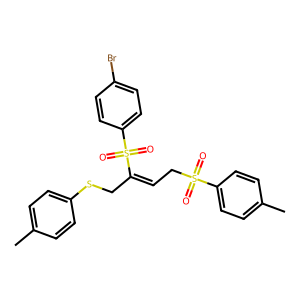
SMILES: Cc1ccc(SCC(=CCS(=O)(=O)c2ccc(C)cc2)S(=O)(=O)c2ccc(Br)cc2)cc1
Inhibits HIV replication: No